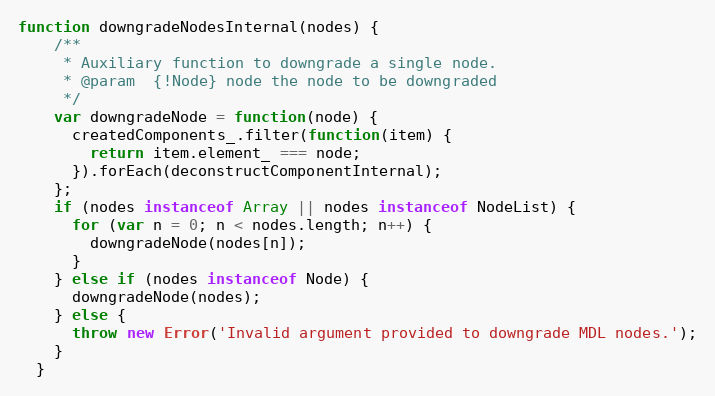
Language: JavaScript
function downgradeNodesInternal(nodes) {
    /**
     * Auxiliary function to downgrade a single node.
     * @param  {!Node} node the node to be downgraded
     */
    var downgradeNode = function(node) {
      createdComponents_.filter(function(item) {
        return item.element_ === node;
      }).forEach(deconstructComponentInternal);
    };
    if (nodes instanceof Array || nodes instanceof NodeList) {
      for (var n = 0; n < nodes.length; n++) {
        downgradeNode(nodes[n]);
      }
    } else if (nodes instanceof Node) {
      downgradeNode(nodes);
    } else {
      throw new Error('Invalid argument provided to downgrade MDL nodes.');
    }
  }